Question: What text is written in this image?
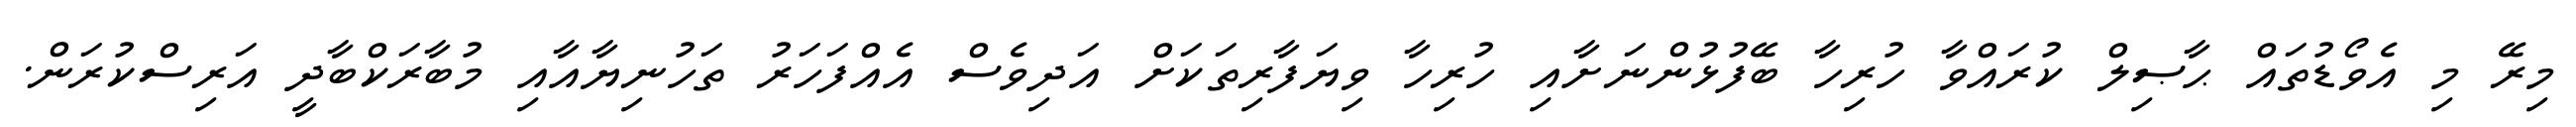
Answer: މިރޭ މި އެވޯޑުތައް ޙާޞިލް ކުރައްވާ ހުރިހާ ބޭފުޅުންނަށާއި ހުރިހާ ވިޔަފާރިތަކަށް އަދިވެސް އެއްފަހަރު ތަހުނިޔާއާއި މުބާރަކްބާދީ އަރިސްކުރަން.